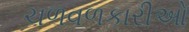
ચળવળકારીઓ